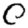
Digit: 0